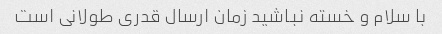
با سلام و خسته نباشید زمان ارسال قدری طولانی است